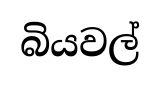
බියවල්